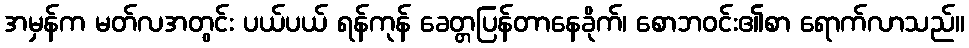
အမှန်က မတ်လအတွင်း ပယ်ပယ် ရန်ကုန် ခေတ္တပြန်တာနေခိုက်၊ စောဘဝင်း၏စာ ရောက်လာသည်။